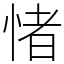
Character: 㥩